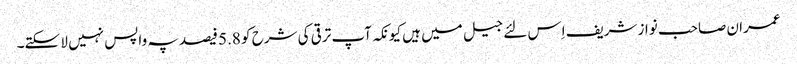
عمران صاحب نواز شریف اِس لئے جیل میں ہیں کیونکہ آپ ترقی کی شرح کو 5.8 فیصد پہ واپس نہیں لا سکتے۔